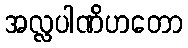
အလ္လပါဏိဟတော